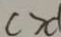
c > d